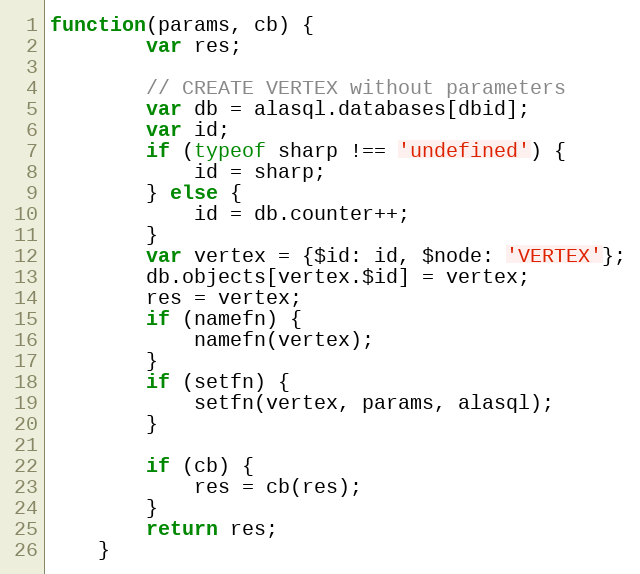
Language: JavaScript
function(params, cb) {
		var res;

		// CREATE VERTEX without parameters
		var db = alasql.databases[dbid];
		var id;
		if (typeof sharp !== 'undefined') {
			id = sharp;
		} else {
			id = db.counter++;
		}
		var vertex = {$id: id, $node: 'VERTEX'};
		db.objects[vertex.$id] = vertex;
		res = vertex;
		if (namefn) {
			namefn(vertex);
		}
		if (setfn) {
			setfn(vertex, params, alasql);
		}

		if (cb) {
			res = cb(res);
		}
		return res;
	}